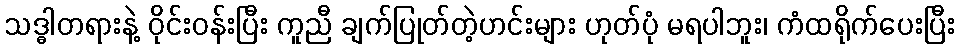
သဒ္ဓါတရားနဲ့ ဝိုင်းဝန်းပြီး ကူညီ ချက်ပြုတ်တဲ့ဟင်းများ ဟုတ်ပုံ မရပါဘူး၊ ကံထရိုက်ပေးပြီး